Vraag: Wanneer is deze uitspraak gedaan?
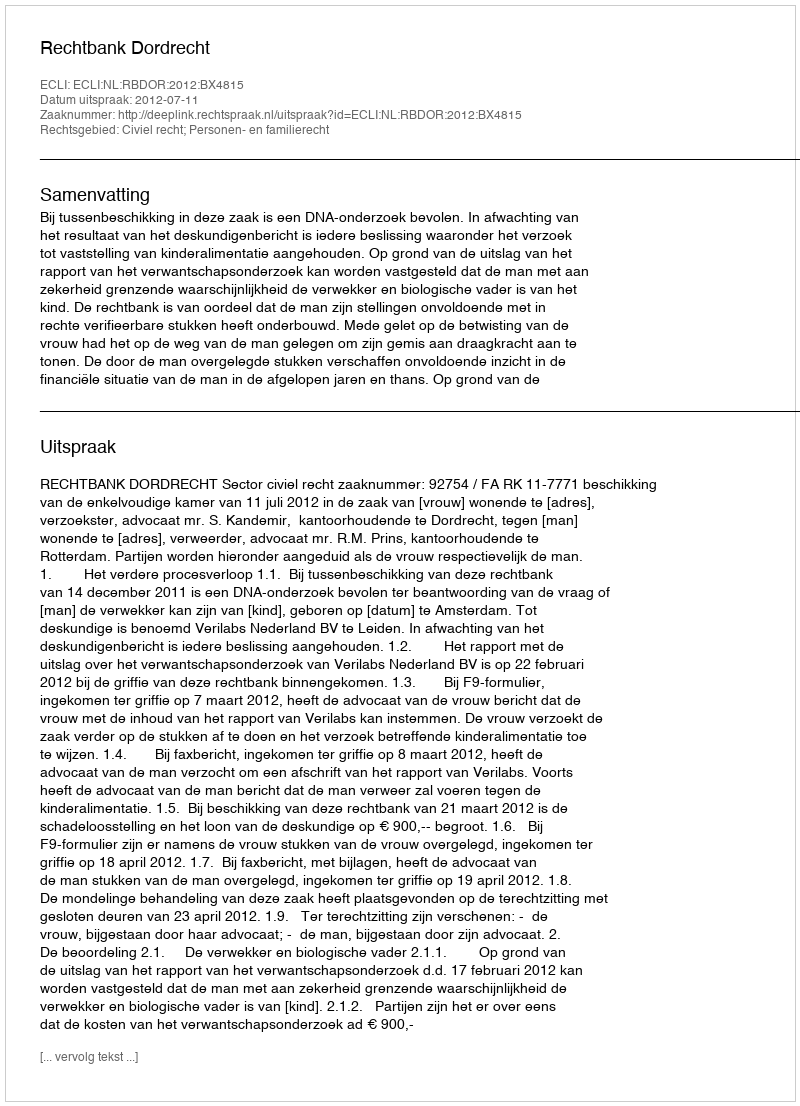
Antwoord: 2012-07-11